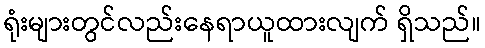
ရုံးများတွင်လည်းနေရာယူထားလျက် ရှိသည်။